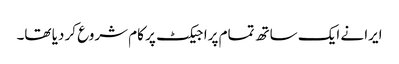
ایرا نے ایک ساتھ تمام پراجیکٹ پر کام شروع کر دیا تھا۔